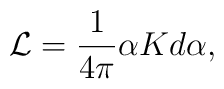
{\cal L}=\frac{1}{4\pi}\alpha K d\alpha,